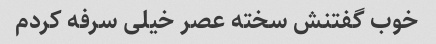
خوب گفتنش سخته عصر خیلی سرفه کردم